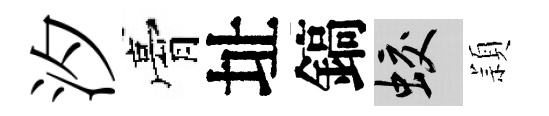
汐膏址鎬蛟頴